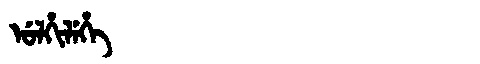
Manchu: ᡠᠯᡥᡳᠯᡝᡥᡝ
Romanization: ULHILEHE